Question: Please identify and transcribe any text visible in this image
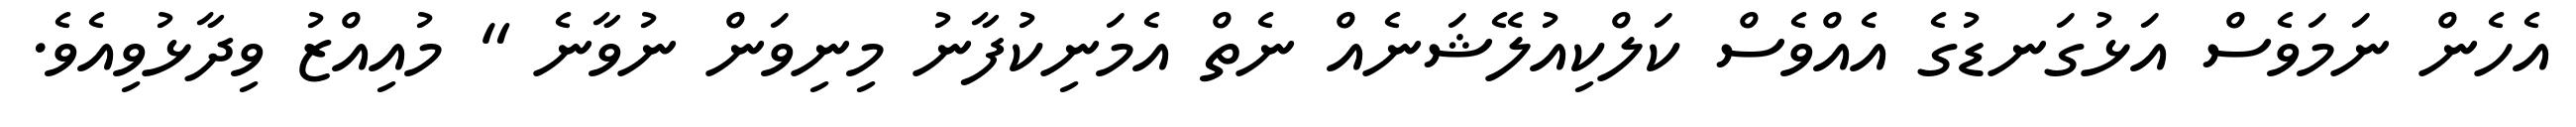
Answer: އެހެން ނަމަވެސް އަޅުގަނޑުގެ އެއްވެސް ކަލްކިއުލޭޝަނެއް ނެތް އެމަނިކުފާނު މިނިވަން ނުވާނެ " މުއިއްޒު ވިދާޅުވިއެވެ.